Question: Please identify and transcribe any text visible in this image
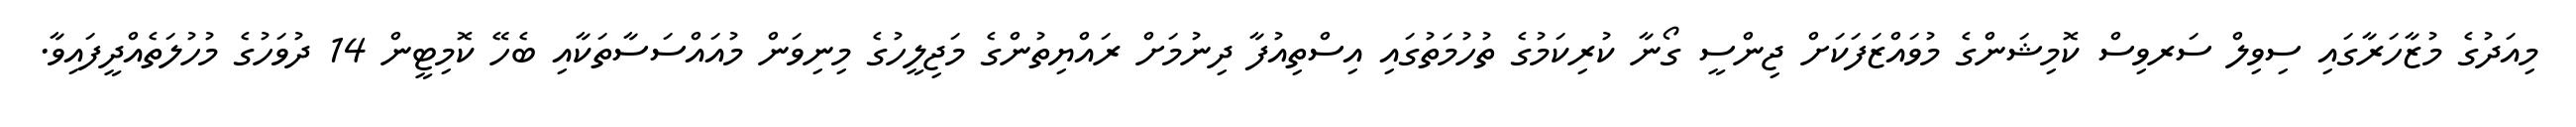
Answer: މިއަދުގެ މުޒާހަރާގައި ސިވިލް ސަރވިސް ކޮމިޝަންގެ މުވައްޒަފަކަށް ޖިންސީ ގޯނާ ކުރިކަމުގެ ތުހުމަތުގައި އިސްތިއުފާ ދިނުމަށް ރައްޔިތުންގެ މަޖިލީހުގެ މިނިވަން މުއައްސަސާތަކާއި ބެހޭ ކޮމިޓީން 14 ދުވަހުގެ މުހުލަތެއްދީފައިވާ.